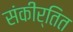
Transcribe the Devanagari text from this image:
संकीर्तित